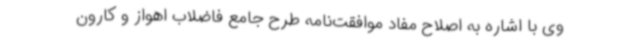
وی با اشاره به اصلاح مفاد موافقت‌نامه طرح جامع فاضلاب اهواز و کارون